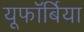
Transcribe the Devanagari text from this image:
यूफॉर्बिया